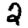
Digit: 2